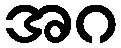
အဂ